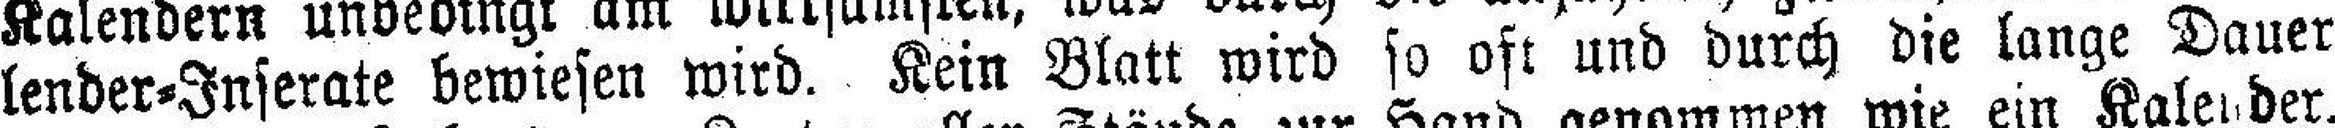
lender=Inserate bewiesen wird. Kein Blatt wird so oft und durch die lange Dauer